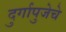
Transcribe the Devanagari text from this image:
दुर्गापुजेचे